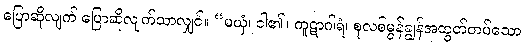
ပြောဆိုလျက် ပြောဆိုလျက်သာလျှင်။ “မယှံ၊ ငါ၏။ ကူဋာဂါရံ၊ စုလစ်မွန်ချွန်အထွတ်တပ်သော